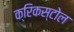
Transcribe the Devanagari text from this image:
क्रिकस्टोल